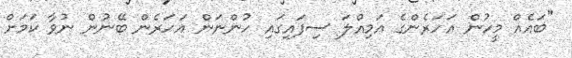
"ބައެއް މީހުން އަހަރެންގެ އަމިއްލަ ސިފައިގައި ހުންނަން އަހަރެން ބޭނުން ނުވާ ކަމަށް